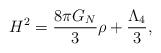
LaTeX: \begin{align*}H^2 = \frac{8\pi G_N}{3}\rho + \frac{\Lambda_4}{3},\end{align*}